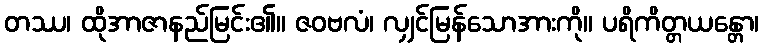
တဿ၊ ထိုအာဇာနည်မြင်း၏။ ဇဝဗလံ၊ လျှင်မြန်သောအားကို။ ပရိကိတ္တယန္တော၊